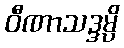
ဝီဏာသဒ္ဒမ္ပိ